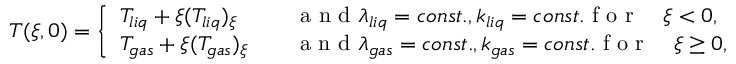
\begin{array} { r } { T ( \xi , 0 ) = \left\{ \begin{array} { l l } { T _ { l i q } + \xi ( T _ { l i q } ) _ { \xi } \quad } & { \mathrm { ~ a ~ n ~ d ~ } \lambda _ { l i q } = c o n s t . , k _ { l i q } = c o n s t . \mathrm { ~ f ~ o ~ r ~ } \quad \xi < 0 , } \\ { T _ { g a s } + \xi ( T _ { g a s } ) _ { \xi } \quad } & { \mathrm { ~ a ~ n ~ d ~ } \lambda _ { g a s } = c o n s t . , k _ { g a s } = c o n s t . \mathrm { ~ f ~ o ~ r ~ } \quad \xi \geq 0 , } \end{array} \right. } \end{array}